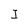
Character: I